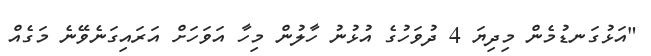
"އަޅުގަނޑުމެން މިދިޔަ 4 ދުވަހުގެ އުޅުނު ހާލުން މިހާ އަވަހަށް އަރައިގަނެވޭނެ މަގެއް